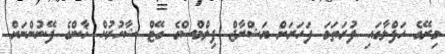
މިރޭގެ ހަފްލާގައި ފުރަތަމަ ފަހަރަށް ޔަޝްރާޖް ފިލްމްސްގެ ގޭޓް ޝާހުރުކް ޚާންގެ ފޭނުންނަށް